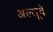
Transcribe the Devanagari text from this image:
अल्खूवे